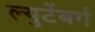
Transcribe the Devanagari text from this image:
ल्युटेंबर्ग